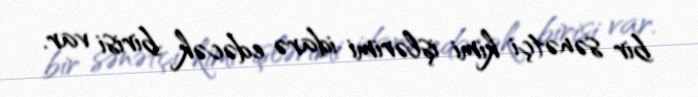
bir sənətçi kimi işlərimi idarə edəcək birisi var.